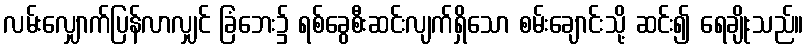
လမ်းလျှောက်ပြန်လာလျှင် ခြံဘေး၌ ရစ်ခွေစီးဆင်းလျက်ရှိသော စမ်းချောင်းသို့ ဆင်း၍ ရေချိုးသည်။